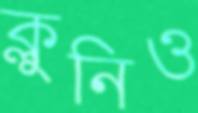
ক্লুনিও